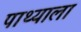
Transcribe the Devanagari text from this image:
पाथ्याला